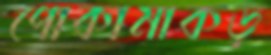
পোকামাকড়